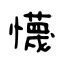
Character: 懱